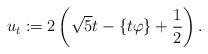
LaTeX: \begin{align*}u_t:=2\left(\sqrt{5}t -\{t \varphi\} +\frac{1}{2}\right) .\end{align*}